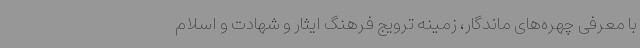
با معرفی چهره‌های ماندگار، زمینه ترویج فرهنگ ایثار و شهادت و اسلام